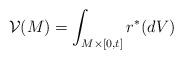
LaTeX: \begin{align*} \mathcal{V}(M) = \int_{M\times [0,t]} \*r^*(dV)\end{align*}